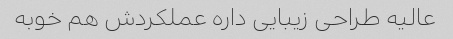
عالیه طراحی زیبایی داره عملکردش هم خوبه